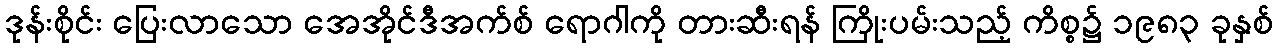
ဒုန်းစိုင်း ပြေးလာသော အေအိုင်ဒီအက်စ် ရောဂါကို တားဆီးရန် ကြိုးပမ်းသည့် ကိစ္စ၌ ၁၉၈၃ ခုနှစ်